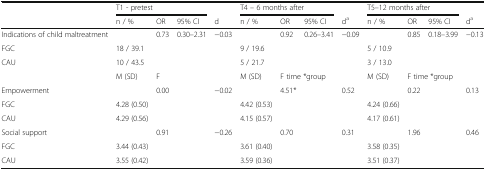
<table><thead><tr><td></td><td colspan="3"><b>T1 - pretest</b></td><td></td><td colspan="3"><b>T4 – 6 months after</b></td><td></td><td colspan="3"><b>T5–12 months after</b></td><td></td></tr><tr><td></td><td><b>n / %</b></td><td><b>OR</b></td><td><b>95% CI</b></td><td><b>d</b></td><td><b>n / %</b></td><td><b>OR</b></td><td><b>95% CI</b></td><td><b>d<sup>a</sup></b></td><td><b>n / %</b></td><td><b>OR</b></td><td><b>95% CI</b></td><td><b>d<sup>a</sup></b></td></tr></thead><tbody><tr><td>Indications of child maltreatment</td><td></td><td>0.73</td><td>0.30–2.31</td><td>−0.03</td><td></td><td>0.92</td><td>0.26–3.41</td><td>−0.09</td><td></td><td>0.85</td><td>0.18–3.99</td><td>−0.13</td></tr><tr><td>FGC</td><td>18 / 39.1</td><td></td><td></td><td></td><td>9 / 19.6</td><td></td><td></td><td></td><td>5 / 10.9</td><td></td><td></td><td></td></tr><tr><td>CAU</td><td>10 / 43.5</td><td></td><td></td><td></td><td>5 / 21.7</td><td></td><td></td><td></td><td>3 / 13.0</td><td></td><td></td><td></td></tr><tr><td></td><td>M (SD)</td><td>F</td><td></td><td></td><td>M (SD)</td><td colspan="2">F time *group</td><td></td><td>M (SD)</td><td colspan="2">F time *group</td><td></td></tr><tr><td>Empowerment</td><td></td><td>0.00</td><td></td><td>−0.02</td><td></td><td>4.51*</td><td></td><td>0.52</td><td></td><td>0.22</td><td></td><td>0.13</td></tr><tr><td>FGC</td><td>4.28 (0.50)</td><td></td><td></td><td></td><td>4.42 (0.53)</td><td></td><td></td><td></td><td>4.24 (0.66)</td><td></td><td></td><td></td></tr><tr><td>CAU</td><td>4.29 (0.56)</td><td></td><td></td><td></td><td>4.15 (0.57)</td><td></td><td></td><td></td><td>4.17 (0.61)</td><td></td><td></td><td></td></tr><tr><td>Social support</td><td></td><td>0.91</td><td></td><td>−0.26</td><td></td><td>0.70</td><td></td><td>0.31</td><td></td><td>1.96</td><td></td><td>0.46</td></tr><tr><td>FGC</td><td>3.44 (0.43)</td><td></td><td></td><td></td><td>3.61 (0.40)</td><td></td><td></td><td></td><td>3.58 (0.35)</td><td></td><td></td><td></td></tr><tr><td>CAU</td><td>3.55 (0.42)</td><td></td><td></td><td></td><td>3.59 (0.36)</td><td></td><td></td><td></td><td>3.51 (0.37)</td><td></td><td></td><td></td></tr></tbody></table>